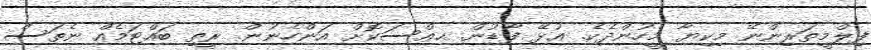
ފިލްމީތަރިންނޭ މިކިޔާ މީހުންދެކެ. ޢުޅޭ ފާޑުން. ޙޢްސަކޮށް އަންހެނުން. ޜީތި ބައްޓަމެއް ނެތަސް